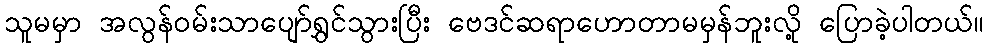
သူမမှာ အလွန်ဝမ်းသာပျော်ရွှင်သွားပြီး ဗေဒင်ဆရာဟောတာမမှန်ဘူးလို့ ပြောခဲ့ပါတယ်။